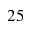
2 5